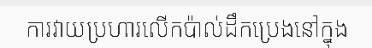
ការវាយប្រហារលើកប៉ាល់ដឹកប្រេងនៅក្នុង